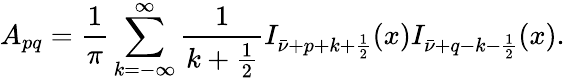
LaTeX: A_{pq}=\frac 1\pi\sum_{k=-\infty}^{\infty}\frac 1{k+\frac 12}I_{\bar{\nu}+p+k+\frac 12}(x)I_{\bar{\nu}+q-k-\frac 12}(x).